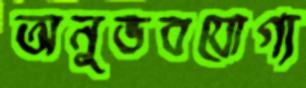
অনুভবযোগ্য